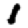
Digit: 1